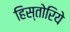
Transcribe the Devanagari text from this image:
हिस्तोरिये